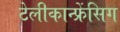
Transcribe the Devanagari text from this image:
टेलीकान्फ्रेंसिग